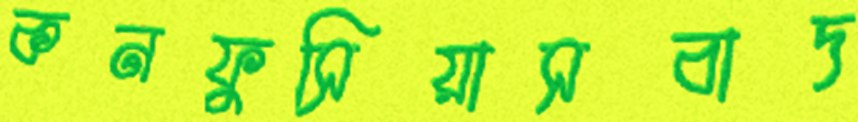
কনফুসিয়াসবাদ